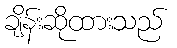
ချိန်းဆိုထားသည်